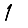
Digit: 1